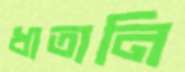
ধাতানি